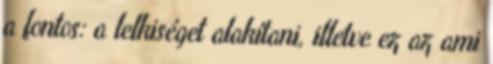
a fontos: a lelkiséget alakítani, illetve ez az ami